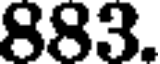
883.